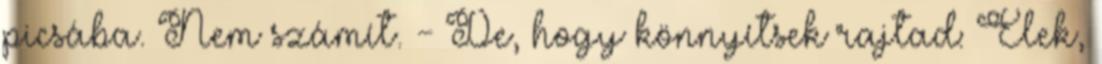
picsába. Nem számít. - De, hogy könnyítsek rajtad: Élek,